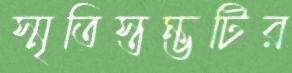
স্মৃতিস্তম্ভটির